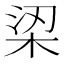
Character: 鿄